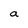
Character: a